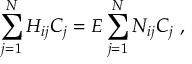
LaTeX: \sum _ { j = 1 } ^ { N } H _ { i j } C _ { j } = E \sum _ { j = 1 } ^ { N } N _ { i j } C _ { j } \ ,